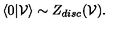
\langle 0 | { \cal V } \rangle \sim Z _ { d i s c } ( { \cal V } ) .